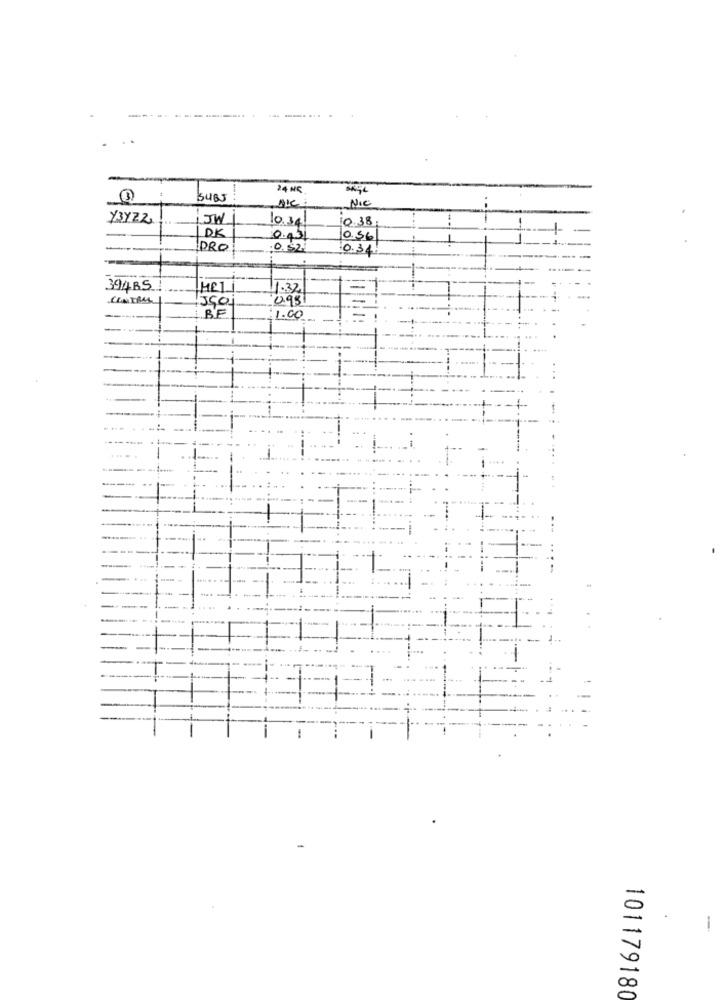
--
24 NC
3
5485
NIC
Y3YZZ
iJW
10.38
10.38
DK
0,31
0.56
PRO
0.52
0.34
394BS
CONTRA
098
BF
1.00
----
-
101179180